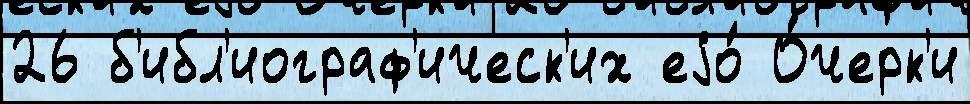
26 б'ибл'иограф'ическ'их еjо́ О́черк'и